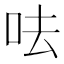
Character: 呿